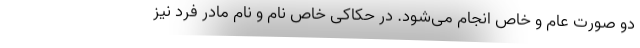
دو صورت عام و خاص انجام می‌شود. در حکاکی خاص نام و نام مادر فرد نیز